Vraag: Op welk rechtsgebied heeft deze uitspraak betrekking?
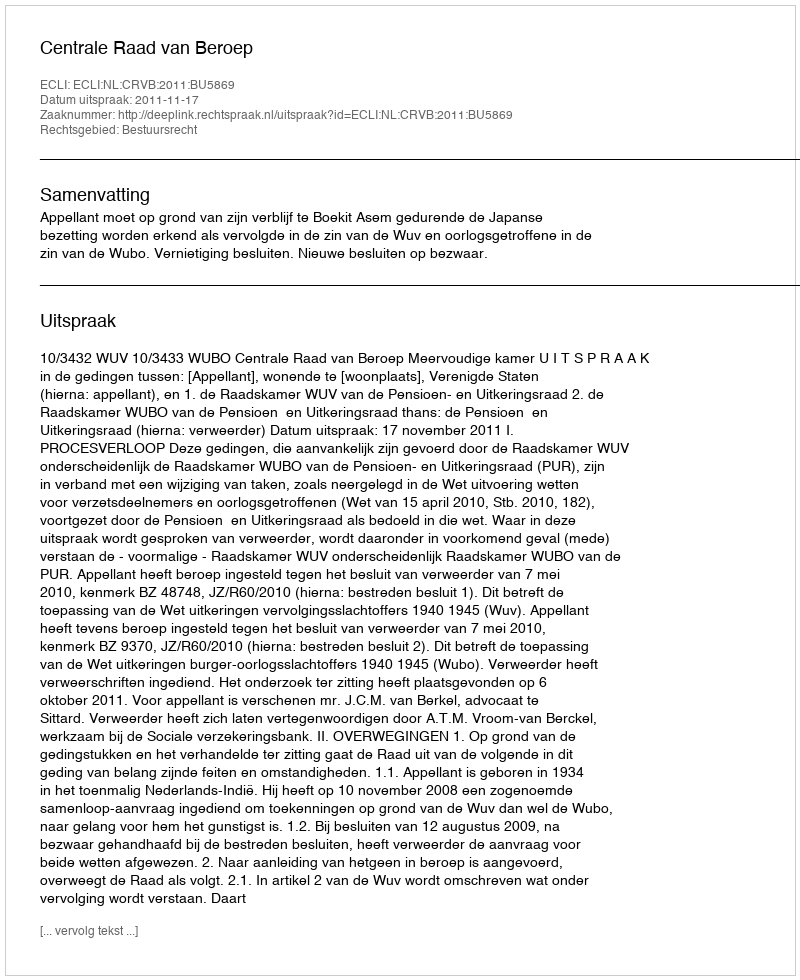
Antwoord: Bestuursrecht